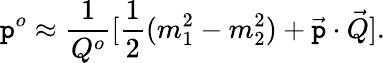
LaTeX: \mathtt{p}^{o}\approx{\frac{{1}}{{Q^{o}}}}[{\frac{{1}}{{2}}}(m_{1}^{2}-m_{2}^{2})+\vec{{\mathtt{p}}}\cdot\vec{{Q}}].